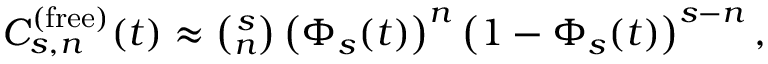
\begin{array} { l l } { C _ { s , n } ^ { ( \mathrm { f r e e } ) } ( t ) \approx \binom { s } { n } \left( \Phi _ { s } ( t ) \right) ^ { n } \left( 1 - \Phi _ { s } ( t ) \right) ^ { s - n } , } \end{array}